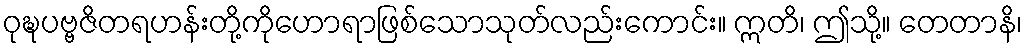
ဝုဍ္ဎပဗ္ဗဇိတရဟန်းတို့ကိုဟောရာဖြစ်သောသုတ်လည်းကောင်း။ ဣတိ၊ ဤသို့။ တေတာနိ၊